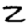
Digit: 2